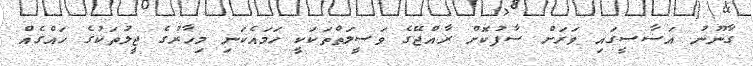
ގާނޫނު އަސާސީގައި ވަރަށް ސާފުކޮށް ރާއްޖޭގެ ވަސީލަތްތަކަކީ ހަމައެކަނި މިހާރުގެ ޖީލުތަކުގެ ހައްގެއް